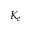
K _ { e }